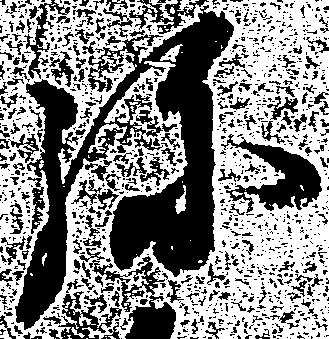
弥